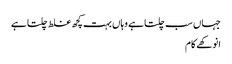
جہاں سب چلتا ہے وہاں بہت کچھ غلط چلتا ہے
انوکھے کام